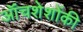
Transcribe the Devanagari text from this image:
ऑंचशेशोंकी